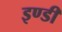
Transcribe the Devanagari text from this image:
इण्डी